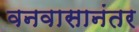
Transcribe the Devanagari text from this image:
वनवासानंतर